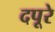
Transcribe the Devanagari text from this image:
दपूरे